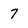
Character: 7